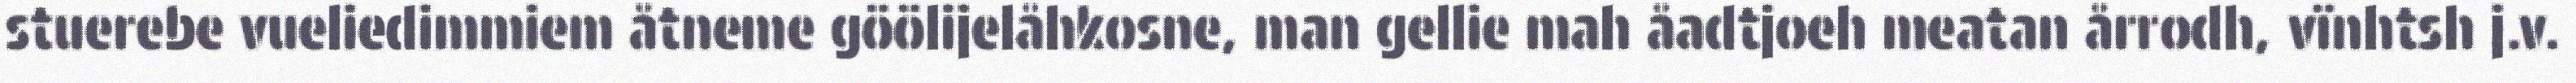
stuerebe vueliedimmiem åtneme göölijelåhkosne, man gellie mah åadtjoeh meatan årrodh, vïnhtsh j.v.